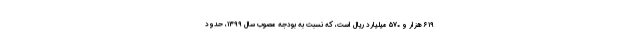
۶۱۹ هزار و ۵۷۰ میلیارد ریال است، که نسبت به بودجه مصوب سال ۱۳۹۹، حدود